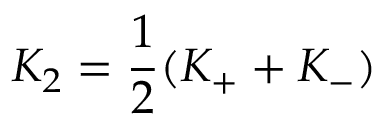
K _ { 2 } = \frac { 1 } { 2 } ( K _ { + } + K _ { - } )